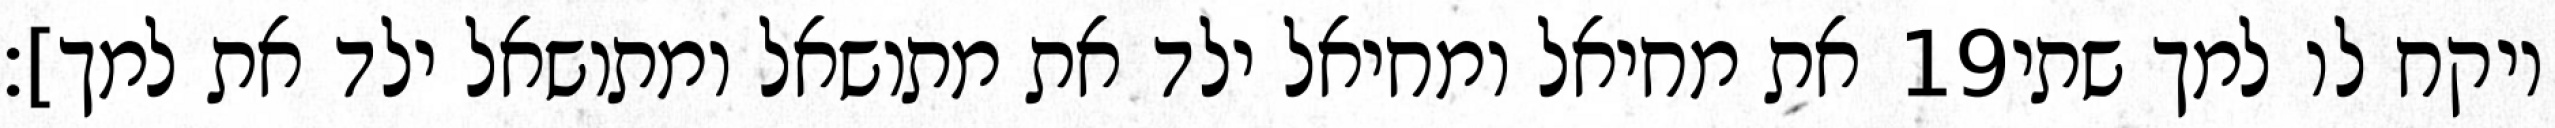
את מחיאל ומחיאל ילד את מתושאל ומתושאל ילד את למך]׃ ‎19‏ ויקח לו למך שתי